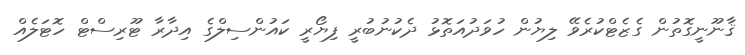
ޤާނޫނީގޮތުން ގެޒެޓްކުރެވޭ ލިޔުން ހުވަދުއަތޮޅު ދެކުނުބުރީ ފިޔޯރީ ކައުންސިލްގެ އިދާރާ ޓޫރިސްޓް ހޮޓަލެއް